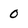
Character: 0